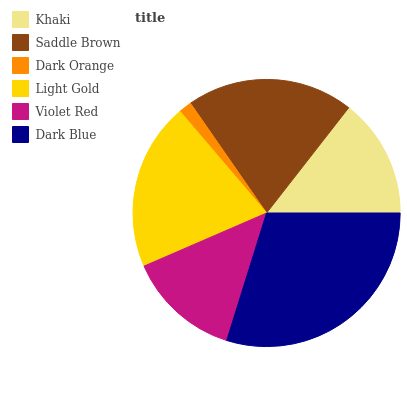
| Khaki | Saddle Brown | Dark Orange | Light Gold | Violet Red | Dark Blue |
 | --- | --- | --- | --- | --- | --- |
 | 14.5% | 20.2% | 1.58% | 20.2% | 13.7% | 29.8% |